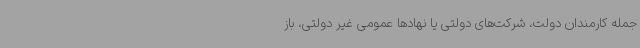
جمله کارمندان دولت، شرکت‌های دولتی یا نهادها عمومی غیر دولتی، باز